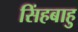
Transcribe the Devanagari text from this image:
सिंहबाहु